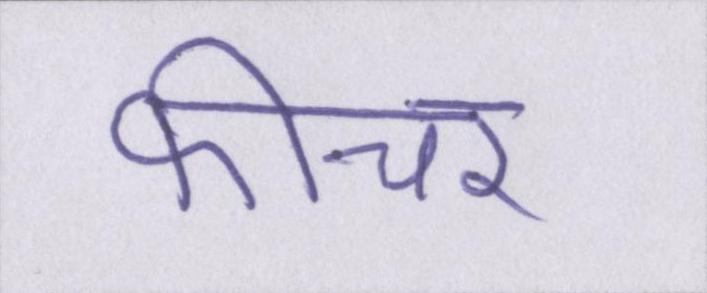
फीचर